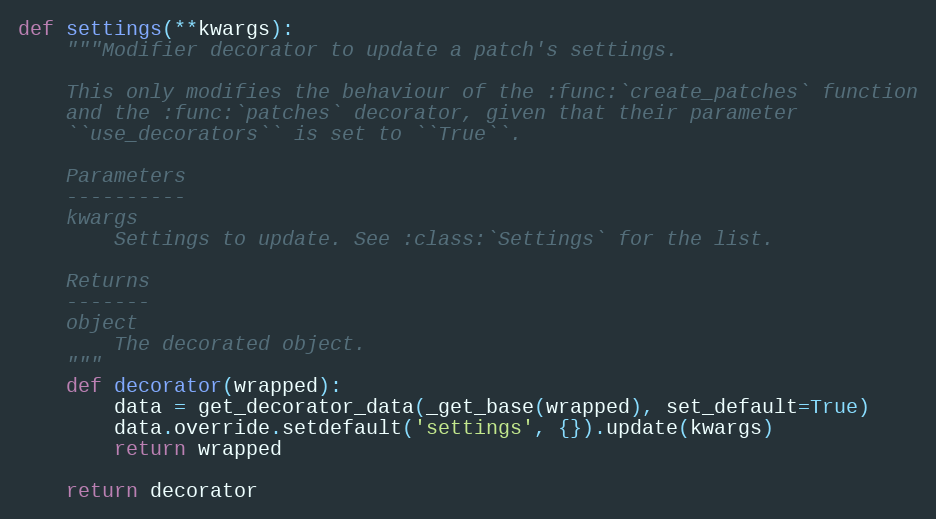
Language: Python
def settings(**kwargs):
    """Modifier decorator to update a patch's settings.

    This only modifies the behaviour of the :func:`create_patches` function
    and the :func:`patches` decorator, given that their parameter
    ``use_decorators`` is set to ``True``.

    Parameters
    ----------
    kwargs
        Settings to update. See :class:`Settings` for the list.

    Returns
    -------
    object
        The decorated object.
    """
    def decorator(wrapped):
        data = get_decorator_data(_get_base(wrapped), set_default=True)
        data.override.setdefault('settings', {}).update(kwargs)
        return wrapped

    return decorator